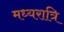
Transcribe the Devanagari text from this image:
मध्‍यरात्रि